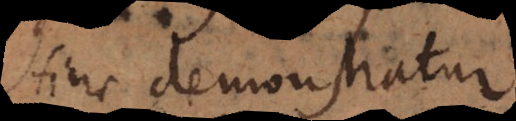
Hinc demonstratur